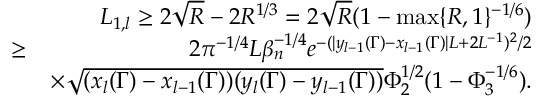
\begin{array} { r l r } & { } & { L _ { 1 , l } \geq 2 \sqrt { R } - 2 R ^ { 1 \slash 3 } = 2 \sqrt { R } ( 1 - \operatorname* { m a x } \{ R , 1 \} ^ { - 1 \slash 6 } ) } \\ & { \geq } & { 2 \pi ^ { - 1 \slash 4 } L \beta _ { n } ^ { - 1 \slash 4 } e ^ { - ( | y _ { l - 1 } ( \Gamma ) - x _ { l - 1 } ( \Gamma ) | L + 2 L ^ { - 1 } ) ^ { 2 } \slash 2 } } \\ & { } & { \times \sqrt { ( x _ { l } ( \Gamma ) - x _ { l - 1 } ( \Gamma ) ) ( y _ { l } ( \Gamma ) - y _ { l - 1 } ( \Gamma ) ) } \Phi _ { 2 } ^ { 1 \slash 2 } ( 1 - \Phi _ { 3 } ^ { - 1 \slash 6 } ) . } \end{array}